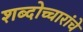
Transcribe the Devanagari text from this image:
शब्दोच्चारांचे